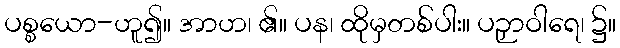
ပစ္စယော-ဟူ၍။ အာဟ၊ ၏။ ပန၊ ထိုမှတစ်ပါး။ ပဉှာဝါရေ၊ ၌။